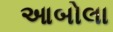
આબોલા